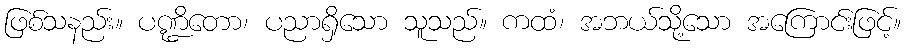
ဖြစ်သနည်း။ ပဏ္ဍိတော၊ ပညာရှိသော သူသည်။ ကထံ၊ အဘယ်သို့သော အကြောင်းဖြင့်။